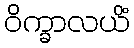
ဝိက္ခာလယိံ